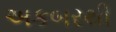
અકબરથી